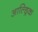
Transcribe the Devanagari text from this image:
आल्ड्रिक